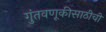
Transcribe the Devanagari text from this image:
गुंतवणूकीसाठीची